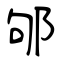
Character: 邭